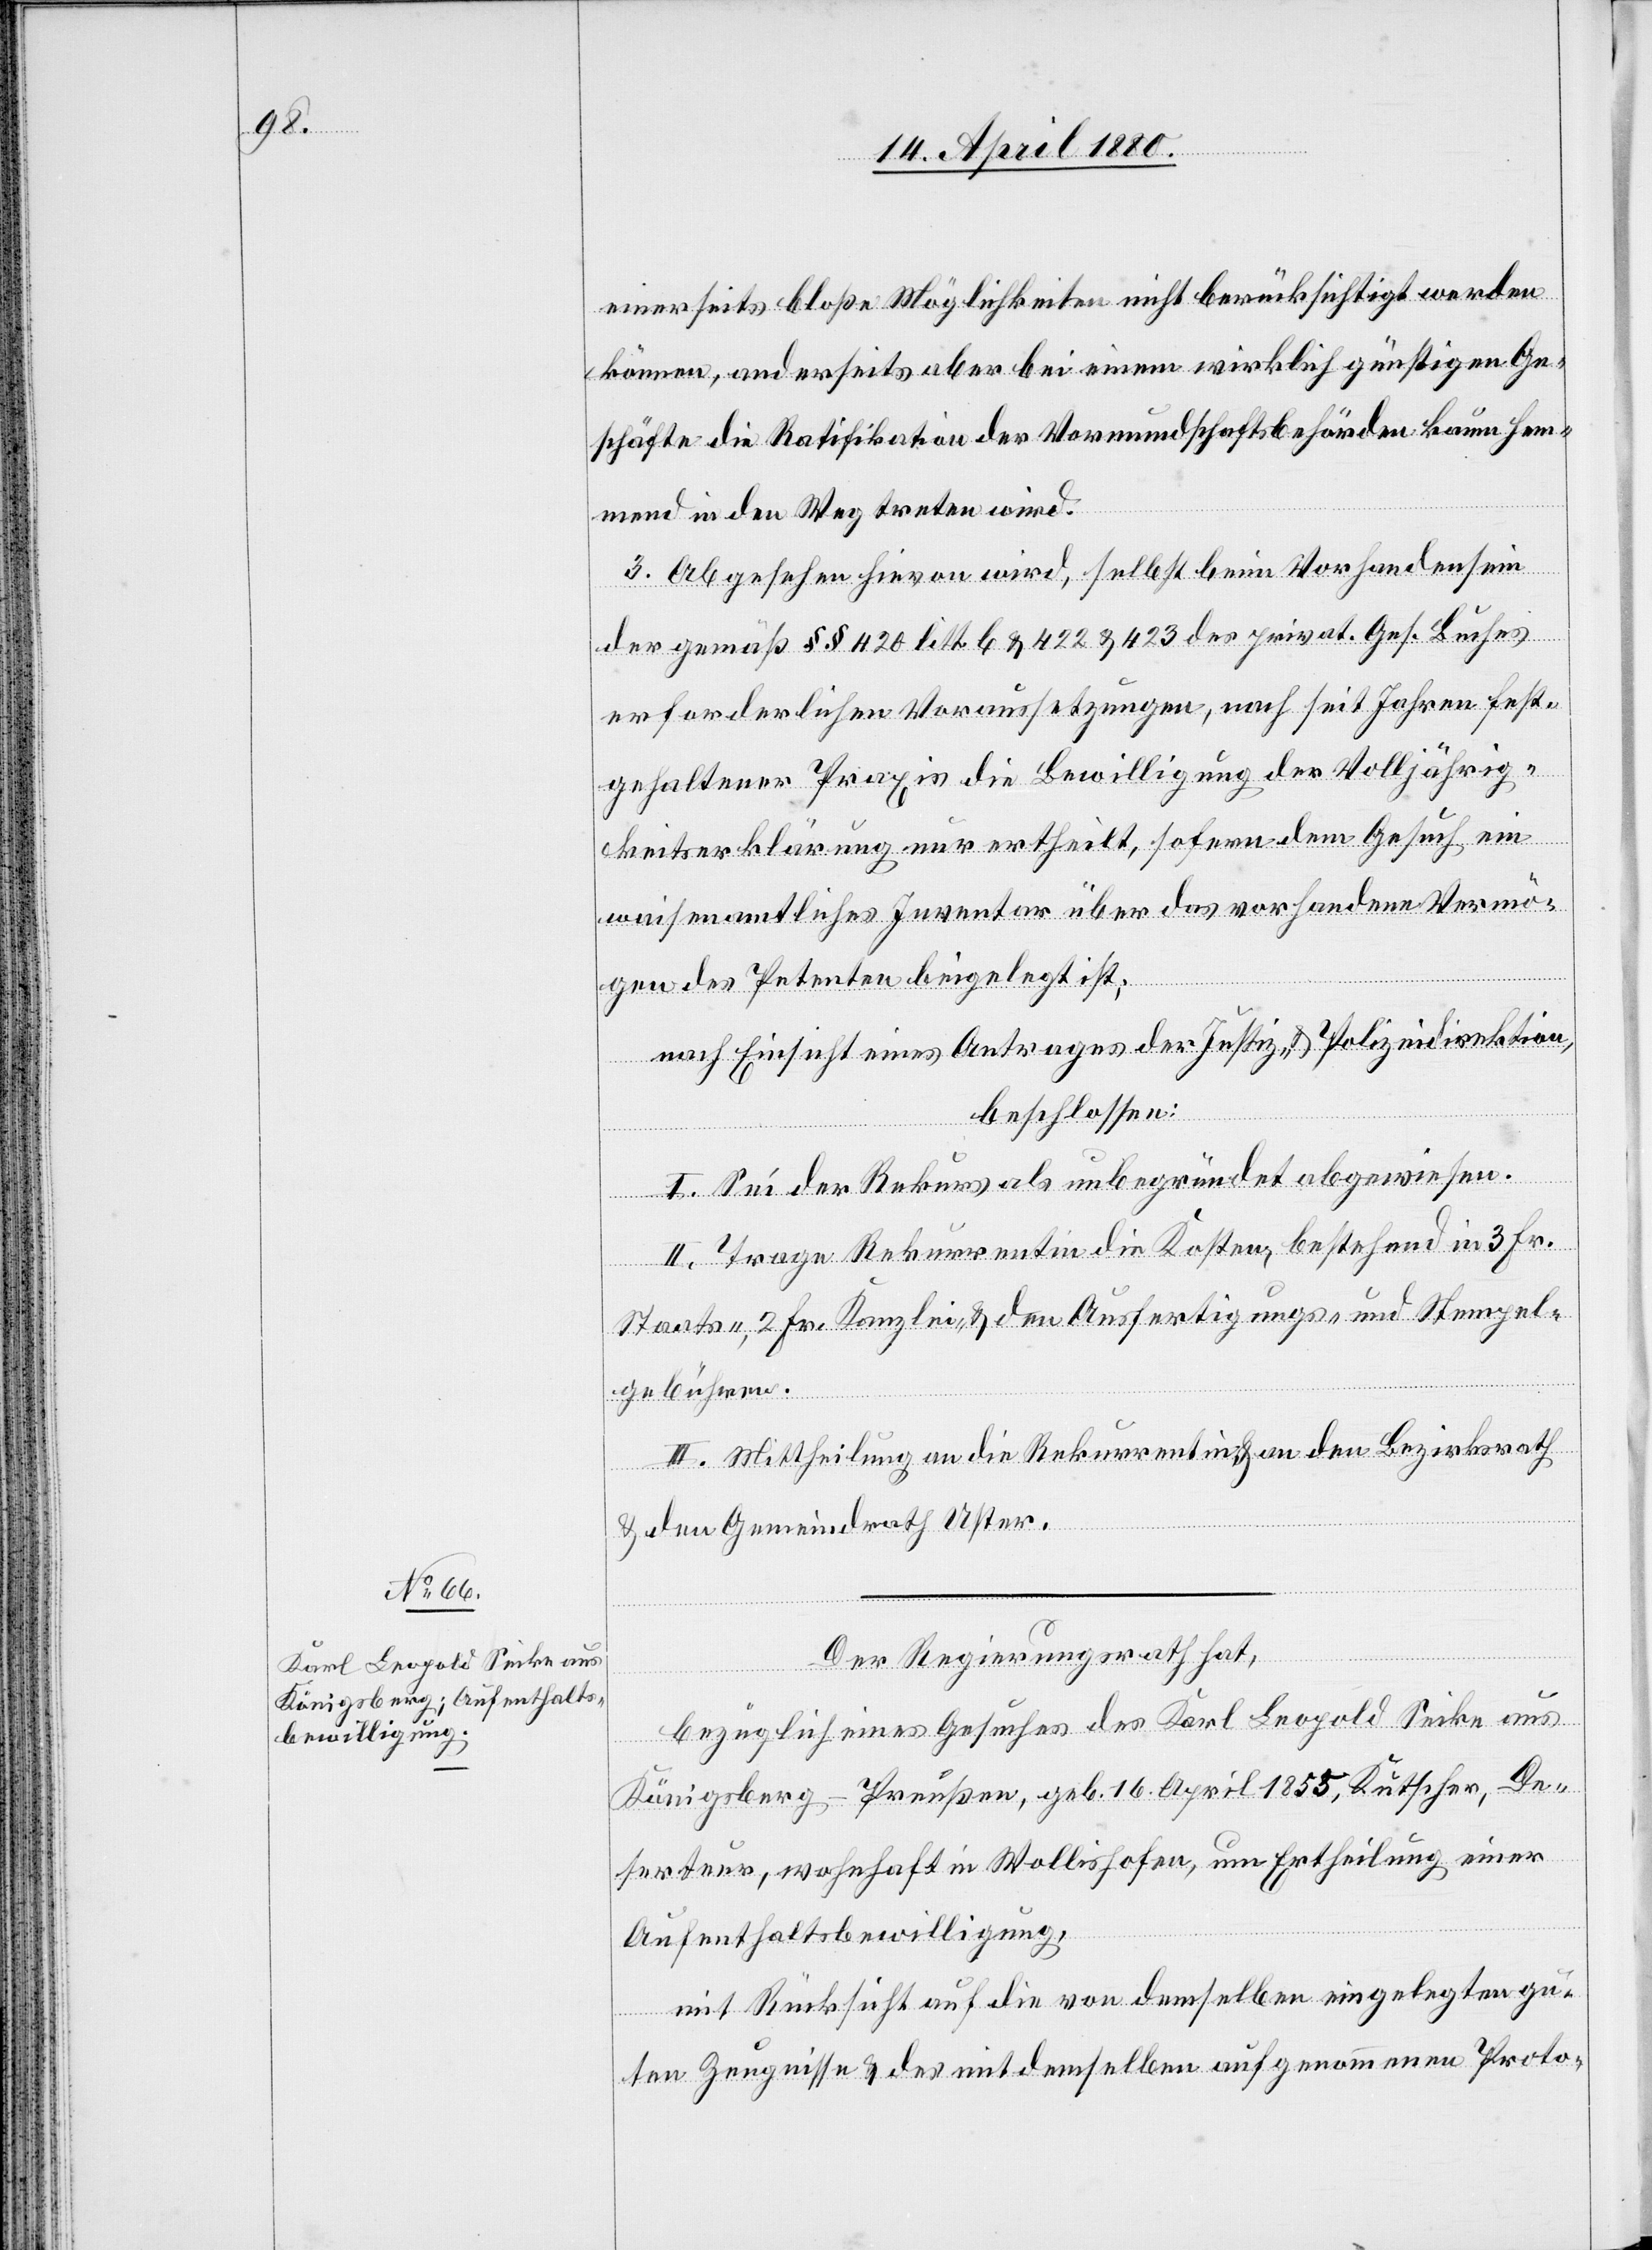
einerseits bloße Möglichkeiten nicht berücksichtigt werden
können, anderseits aber bei einem wirklich günstigen Ge¬
schäfte die Ratifikation der Vormundschaftsbehörden kaum hem¬
mend in den Weg treten wird.
3. Abgesehen hievon wird, selbst beim Vorhandensein
der gemäß §§ 420 litt. b & 422 & 423 des privat. Ges. Buches
erforderlichen Voraussetzungen, nach seit Jahren fest¬
gehaltener Praxis die Bewilligung der Volljährig¬
keitserklärung nur ertheilt, sofern dem Gesuch ein
waisenamtliches Inventar über das vorhandene Vermö¬
gen des Petenten beigelegt ist;
nach Einsicht eines Antrages der Justiz- & Polizeidirektion,
beschlossen:
I. Sei der Rekurs als unbegründet abgewiesen.
II. Trage Rekurrentin die Kosten, bestehend in 3 Fr.
Staats-, 2 Fr. Kanzlei- & den Ausfertigungs- und Stempel¬
gebühren.
III. Mittheilung an die Rekurrentin & an den Bezirksrath
& dem Gemeindrath Uster.
Der Regierungsrath hat,
bezüglich eines Gesuches des Karl Leopold Seike aus
Königsberg - Preußen, geb. 16. April 1855, Kutscher, De¬
serteur, wohnhaft in Wollishofen, um Ertheilung einer
Aufenthaltsbewilligung,
mit Rücksicht auf die von demselben eingelegten gu¬
ten Zeugnisse & des mit demselben aufgenommenen Proto-